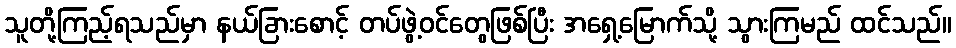
သူတို့ကြည့်ရသည်မှာ နယ်ခြားစောင့် တပ်ဖွဲ့ဝင်တွေဖြစ်ပြီး အရှေ့မြောက်သို့ သွားကြမည် ထင်သည်။